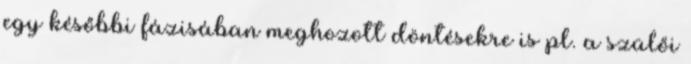
egy későbbi fázisában meghozott döntésekre is pl. a szülői